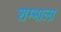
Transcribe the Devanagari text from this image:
शम्भाला